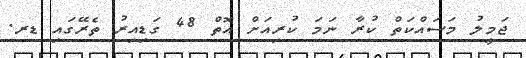
ޖަމީލު މަސައްކަތް ކުރާ ނަމަ ކުރިއަށް އޮތް 48 ގަޑިއިރު ތެރޭގައި ޑރ.